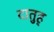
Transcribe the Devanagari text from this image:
दातुह्